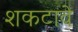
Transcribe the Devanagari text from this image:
शकटावे